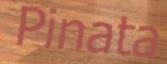
Pinata